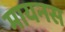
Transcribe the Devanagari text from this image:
मायनस